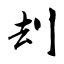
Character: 刦